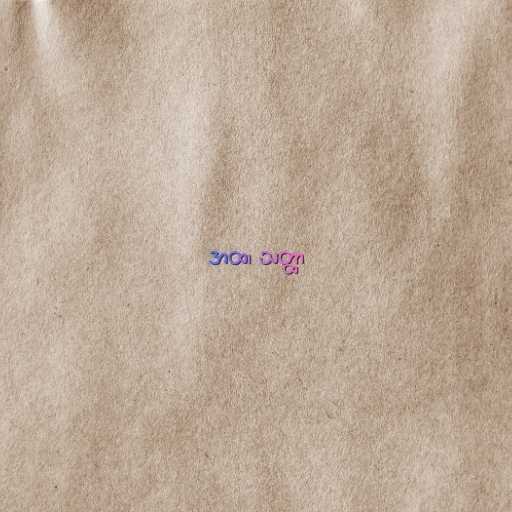
အထ၊ သတ္ထာ